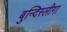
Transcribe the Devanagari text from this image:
बुन्दिस्लीगा